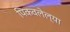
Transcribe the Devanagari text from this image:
पिकवलेल्या